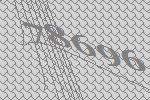
78696